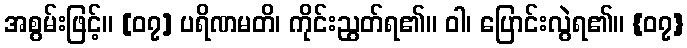
အစွမ်းဖြင့်။ [၀၇] ပရိဏမတိ၊ ကိုင်းညွတ်ရ၏။ ဝါ၊ ပြောင်းလွဲရ၏။ {၀၇}